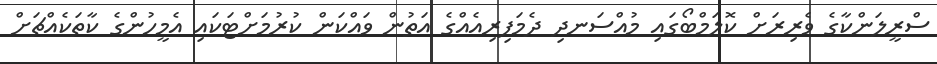
ސްރީލަންކާގެ ވެރިރަށް ކޮލަމްބޯގައި މުއްސަނދި ދެމަފިރިއެއްގެ އަތުން ވައްކަން ކުރުމަށްޓަކައި އެމީހުންގެ ކާތަކެއްޗަށް